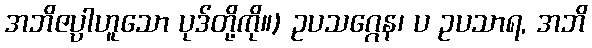
အဘိဇပ္ပါဟူသော ပုဒ်တို့ကို။) ဥပသဂ္ဂေန၊ ပ ဥပသာရ, အဘိ